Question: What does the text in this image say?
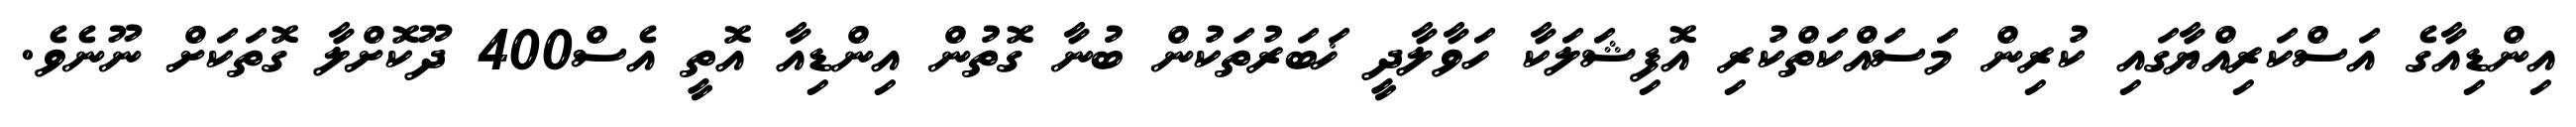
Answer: އިންޑިއާގެ އަސްކަރިއްޔާގައި ކުރިން މަސައްކަތްކުރި އޮފިޝަލަކާ ހަވާލާދީ ޚަބަރުތަކުން ބުނާ ގޮތުން އިންޑިއާ އޮތީ އެސް400 ދޫކޮށްލާ ގޮތަކަށް ނޫނެވެ.